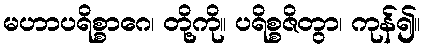
မဟာပရိစ္စာဂေ၊ တို့ကို။ ပရိစ္စဇိတွာ၊ ကုန်၍။